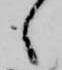
々